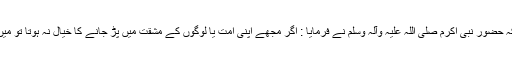
''حضرت ابو ہریرہ رضی اللہ عنہ سے روایت ہے کہ حضور نبی اکرم صلی اللہ علیہ وآلہ وسلم نے فرمایا : اگر مجھے اپنی اُمت یا لوگوں کے مشقت میں پڑ جانے کا خیال نہ ہوتا تو میں اُنہیں ہر نماز کے ساتھ مسواک کرنے کا حکم دیتا۔